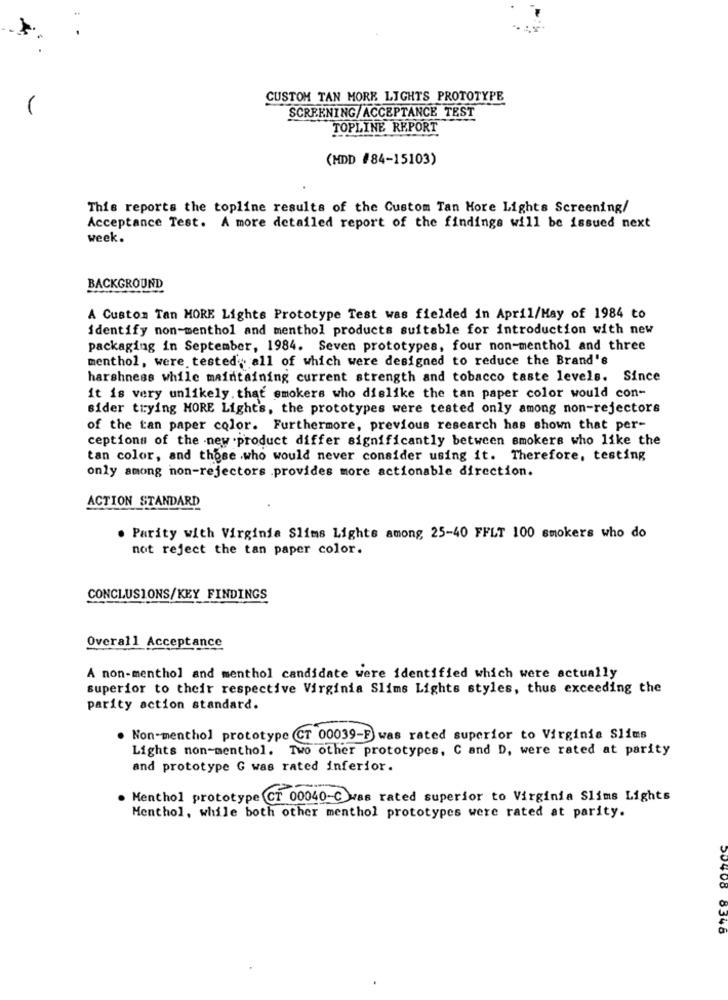
CUSTOM TAN MORE LIGHTS PROTOTYPE
SCREENING/ACCEPTANCE TEST
TOPLINE REPORT
(MDD #84-15103)
This reports the topline results of the Custom Tan More Lights Screening/
Acceptance Test. A more detailed report of the findings will be issued next
week.
BACKGROUND
A Custom Tan MORE Lights Prototype Test was fielded in April/Hay of 1984 to
identify non-menthol and menthol products suitable for introduction with new
packaging in September, 1984. Seven prototypes, four non-menthol and three
menthol, were tested, all of which were designed to reduce the Brand's
harshness while maintaining current strength and tobacco taste levels. Since
it is very unlikely. that smokers who dislike the tan paper color would con-
sider trying HORE Lights, the prototypes were tested only among non-rejectors
of the tan paper color. Furthermore, previous research has shown that per-
ceptions of the new product differ significantly between smokers who like the
tan color, and those who would never consider using it. Therefore, testing
only among non-rejectors .provides more actionable direction.
ACTION STANDARD
. Parity with Virginia Slims Lights among 25-40 FFLT 100 smokers who do
not reject the tan paper color.
CONCLUSIONS/KEY FINDINGS
Overall Acceptance
A non-menthol and menthol candidate were identified which were actually
superior to their respective Virginia Slims Lights styles, thus exceeding the
parity action standard.
. Non-menthol prototype (CT 00039-F) was rated superior to Virginia Slims
Lights non-menthol. Two other prototypes, C and D, were rated at parity
and prototype G was rated inferior.
. Menthol prototype CT 00040-C was rated superior to Virginia Slims Lights
Menthol, while both other menthol prototypes were rated at parity.
6546